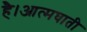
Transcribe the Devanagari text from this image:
है।आत्मघाती